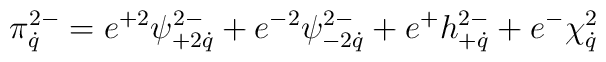
\pi^{2-}_{\dot q}=e^{+2}\psi^{2-}_{+2\dot q}+e^{-2}\psi^{2-}_{-2\dot q}+e^+h^{2-}_{+\dot q}+e^-\chi^2_{\dot q}